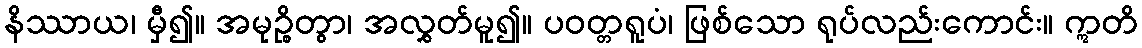
နိဿာယ၊ မှီ၍။ အမုဉ္စိတွာ၊ အလွှတ်မူ၍။ ပဝတ္တရူပံ၊ ဖြစ်သော ရုပ်လည်းကောင်း။ ဣတိ